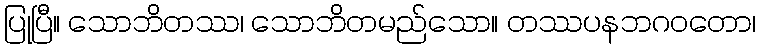
ပြုပြီ။ သောဘိတဿ၊ သောဘိတမည်သော။ တဿပနဘဂဝတော၊